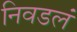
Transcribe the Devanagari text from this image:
निवडलं